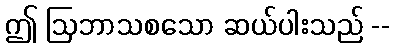
ဤ ဩဘာသစသော ဆယ်ပါးသည် --